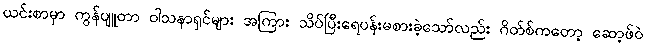
ယင်းစာမှာ ကွန်ပျူတာ ဝါသနာရှင်များ အကြား သိပ်ပြီးရေပန်းမစားခဲ့သော်လည်း ဂိတ်စ်ကတော့ ဆော့ဖ်ဝဲ